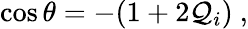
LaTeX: \cos\theta=-(1+2\mathcal{Q}_{i})~,